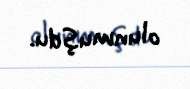
olunmuşdu.